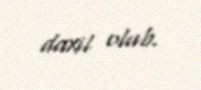
daxil olub.